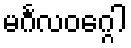
မင်္ဂလဝဂ္ဂေါ